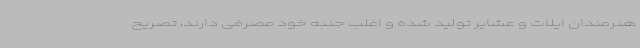
هنرمندان ایلات و عشایر تولید شده و اغلب جنبه خود مصرفی دارند، تصریح